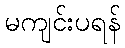
မကျင်းပရန်